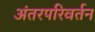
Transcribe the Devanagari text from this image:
अंतरपरिवर्तन